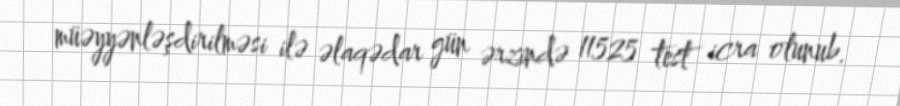
müəyyənləşdirilməsi ilə əlaqədar gün ərzində 11525 test icra olunub.